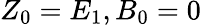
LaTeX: Z_{0}=E_{1},B_{0}=0